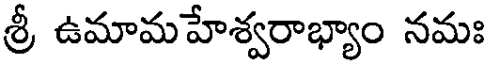
శ్రీ ఉమామహేశ్వరాభ్యాం నమః